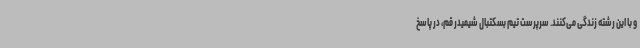
و با این رشته زندگی می‌کنند. سرپرست تیم بسکتبال شیمیدر قم، در پاسخ